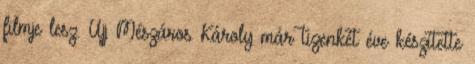
filmje lesz. Ujj Mészáros Károly már tizenkét éve készítette